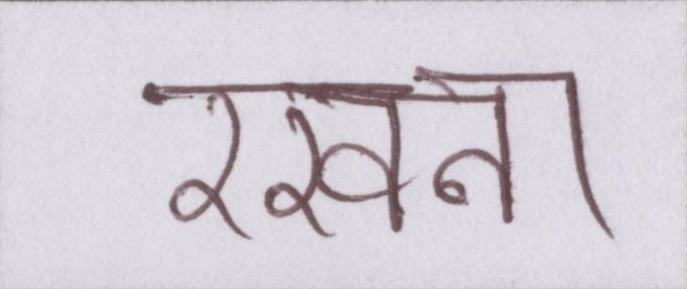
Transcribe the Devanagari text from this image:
रखना